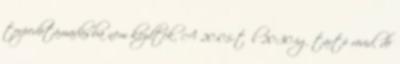
torpedótámadásba nem kezdtek. A 20:05-től 20:30-ig tartó rövid, de